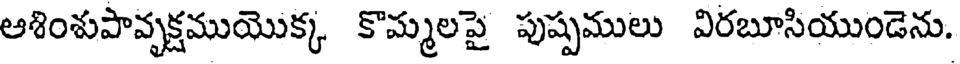
ఆశింశుపావృక్షముయొక్క కొమ్మలపై పుష్పములు విరబూసియుండెను.